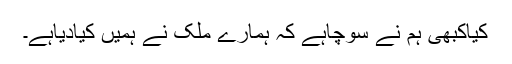
کیاکبھی ہم نے سوچاہے کہ ہمارے ملک نے ہمیں کیادیاہے۔